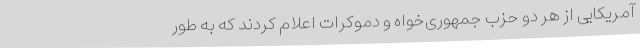
آمریکایی از هر دو حزب جمهوری‌خواه و دموکرات اعلام کردند که به طور